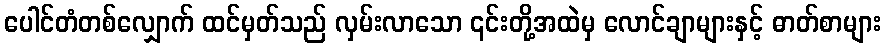
ပေါင်တံတစ်လျှောက် ထင်မှတ်သည် လှမ်းလာသော ၎င်းတို့အထဲမှ လောင်ချာများနှင့် ဓာတ်စာများ